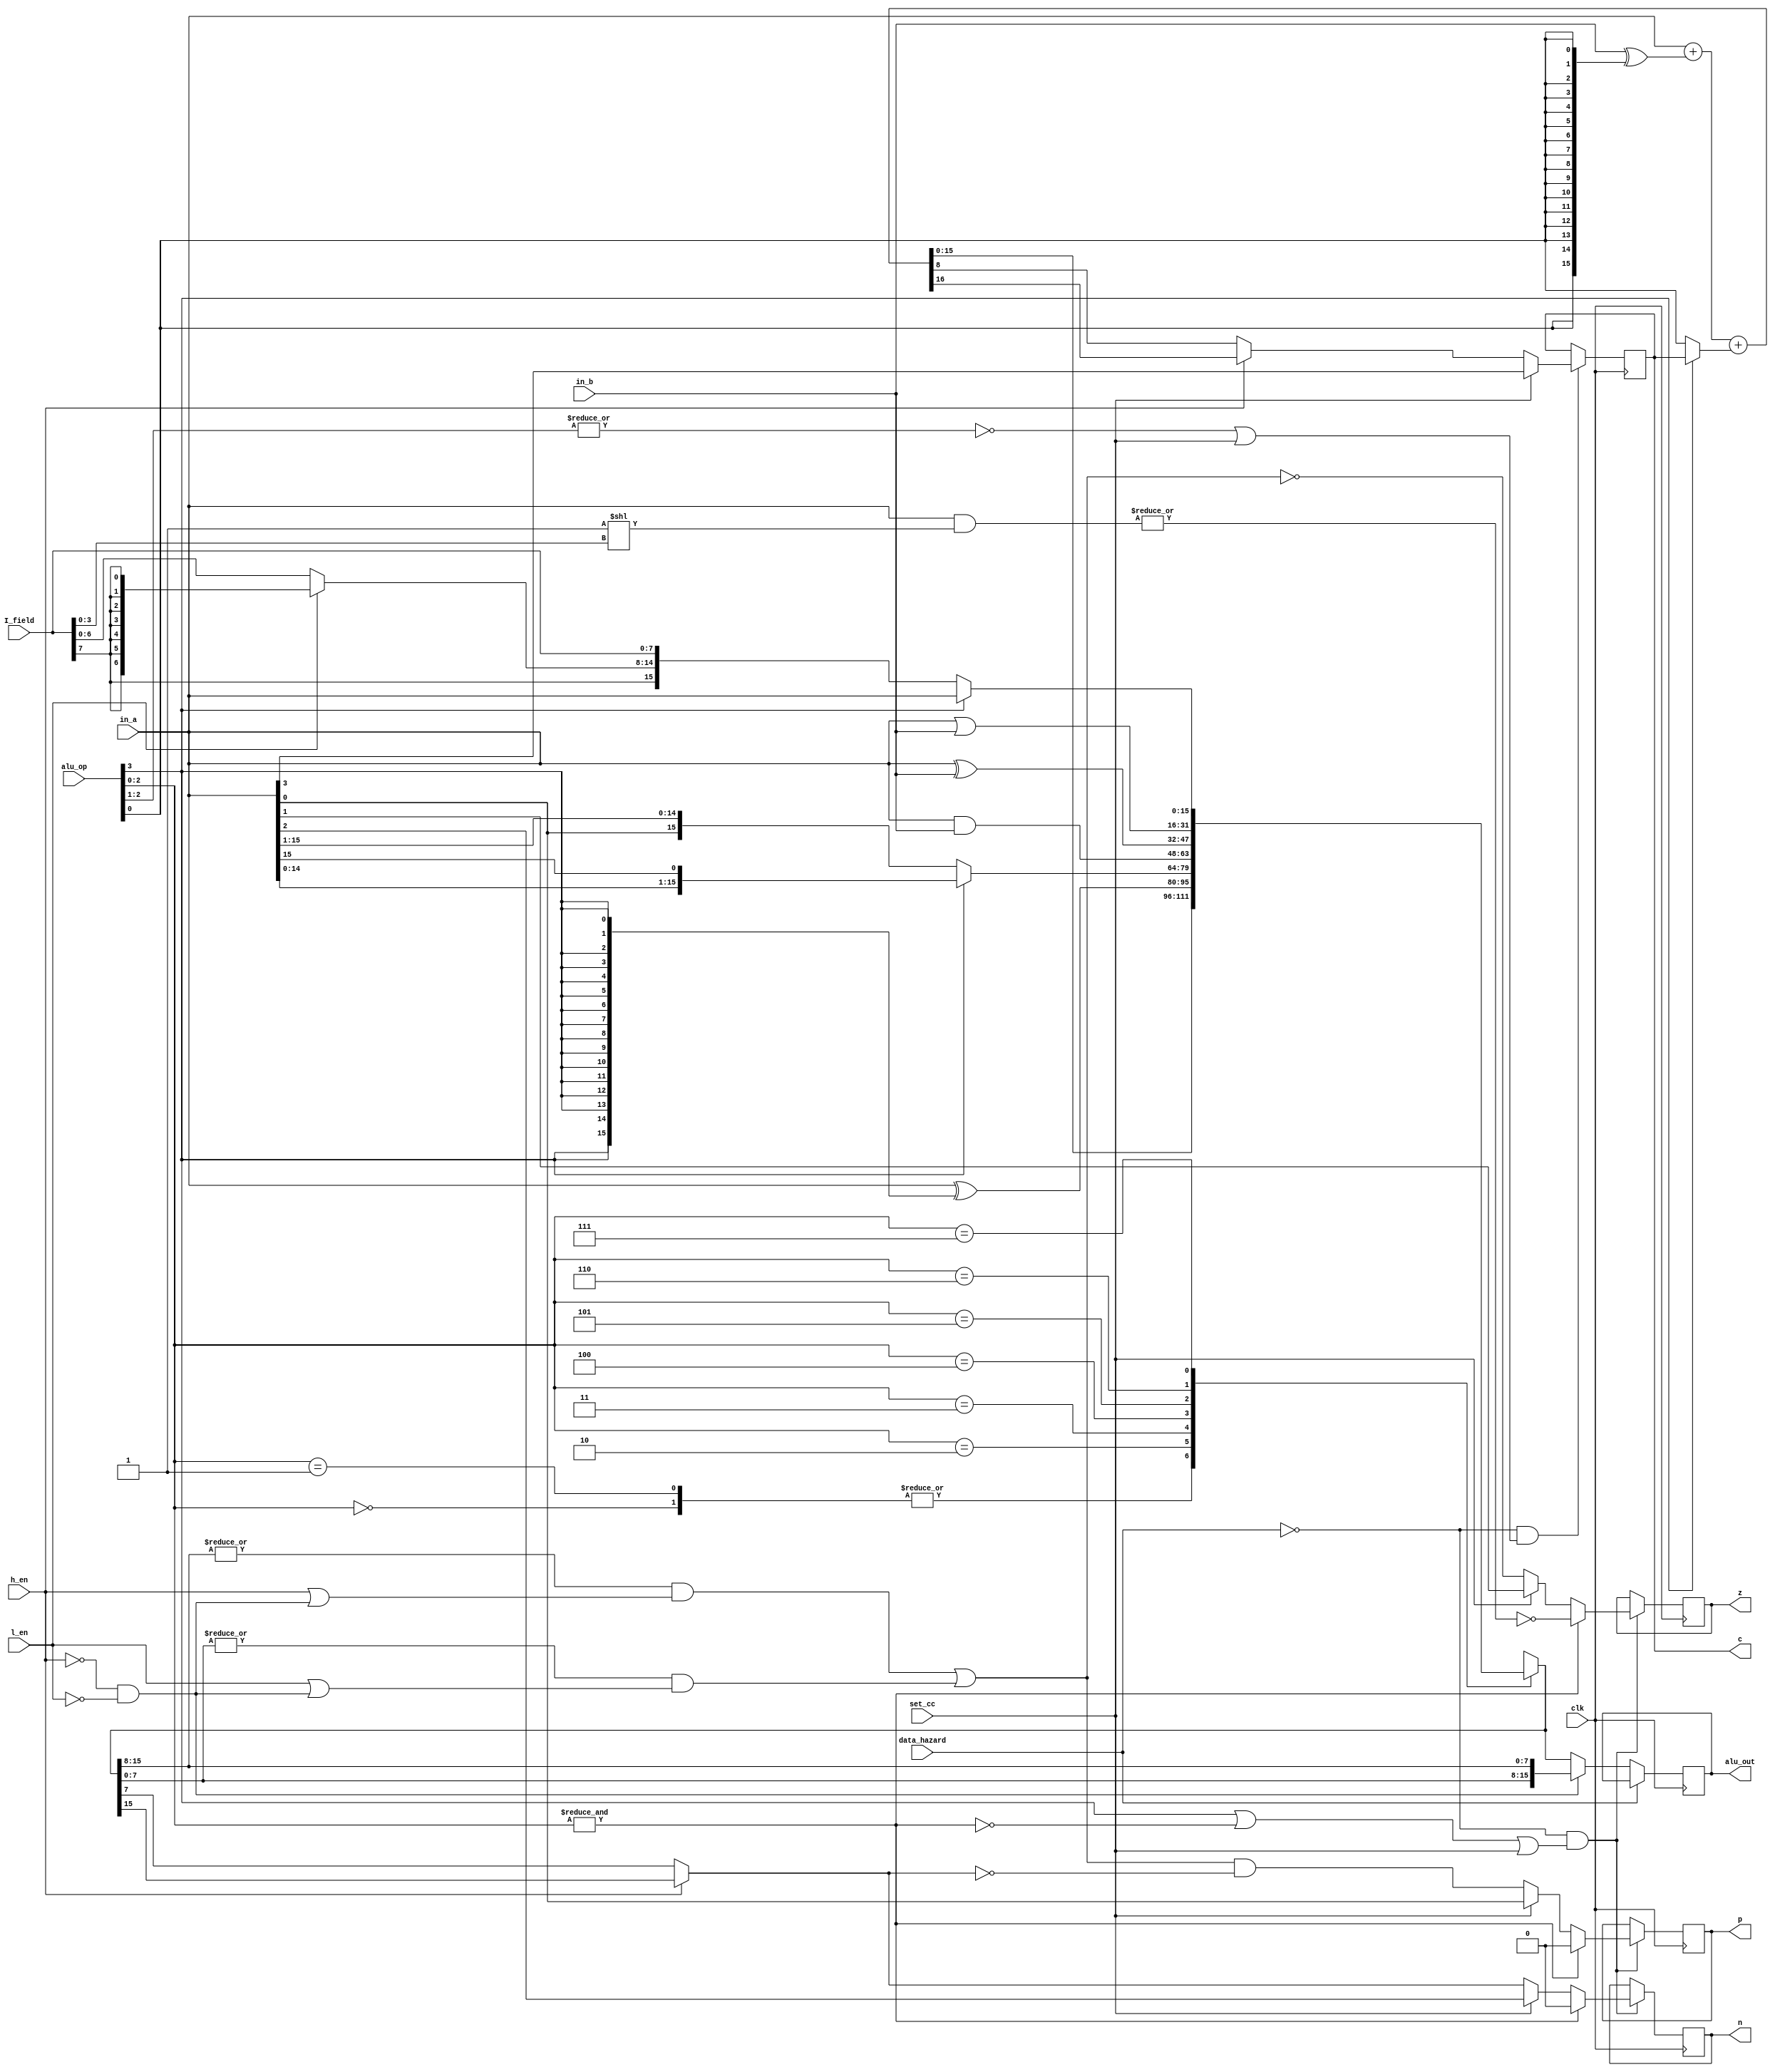
module ALU(
		input wire clk,
		input wire data_hazard,
		input wire set_cc, 
		input wire h_en, l_en,
		input wire[15:0] in_a, 
		input wire[15:0] in_b,
		input wire[7:0] I_field,
		input wire[3:0] alu_op,
		output reg[15:0] alu_out,
		output reg n, z, p, c);
wire[16:0] add_result;
reg[15:0] alu_result;
//logic c;
wire swap;
wire[15:0] bit_sel;
wire[7:0] immediate_high;
wire[7:0] immediate_low;

assign bit_sel = 16'h01 << I_field[3:0];
assign swap = ~h_en & ~l_en;
assign add_result = in_a + (in_b ^ {16{alu_op[0]}}) + (alu_op[3] ? c : alu_op[0]);
assign immediate_low = I_field;
assign immediate_high = ~l_en ? I_field : {8{I_field[7]}};	//if swap or high duplicate instead of sign extend

always @(*)
begin
	case(alu_op[2:0])
		3'b000: alu_result = add_result[15:0];	//add, addc
		3'b001: alu_result = add_result[15:0];	//sub, subc
		3'b010: alu_result = in_a ^ {16{alu_op[3]}};	//move, not
		3'b011: alu_result = alu_op[3] ? {in_a[14:0], in_a[15]} : {in_a[0], in_a[15:1]};	//ror, rol
		3'b100: alu_result = in_a & in_b;	//and
		3'b101: alu_result = in_a ^ in_b;	//xor
		3'b110: alu_result = in_a | in_b;	//or
		3'b111: alu_result = alu_op[3] ? in_a : {immediate_high, immediate_low};	//alu nop, bitt TODO: remove this mux
	endcase // alu_op[2:0]
end
always @(posedge clk)
begin
	if(~data_hazard)
	begin
		alu_out <= swap ? {alu_result[7:0], alu_result[15:8]} : alu_result;	//no need to mask bytes not enabled, the register file will ignore them.
	end
	if(~data_hazard & (alu_op[3] | ~(&alu_op[2:0]) | set_cc))	// not hazard and not alu nop or set_cc
	begin
		if(&alu_op[2:0])	//bitt
		begin
			n <= 1'b0;
			z <= ~(|(in_a & bit_sel));	//hardware for bitt need not care about h_en and l_en, this can be handled by the assembler.
			p <= 1'b0;
		end
		else if(~set_cc)	//normal alu ops
		begin
			n <= h_en ? alu_result[15] : alu_result[7];
			z <= ~( ((|alu_result[15:8]) & (h_en | swap)) | ((|alu_result[7:0]) & (l_en | swap)) );
			p <= ( ((|alu_result[15:8]) & (h_en | swap)) | ((|alu_result[7:0]) & (l_en | swap)) ) & ~(h_en ? alu_result[15] : alu_result[7]);
		end
		else	//set_cc
		begin
			n <= in_a[2];
			z <= in_a[1];
			p <= in_a[0];
		end
	end
	if(~data_hazard & (~(|alu_op[2:1]) | set_cc))	//not hazard and (add | addc | sub | subc) or set_cc
	begin
		if(set_cc)
		begin
			c <= in_a[3];
		end
		else
		begin
			c <= (h_en ? add_result[16] : add_result[8]);
		end
	end
end
endmodule	//ALU